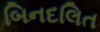
બિનદલિત